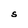
Character: s